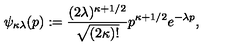
\psi _ { \kappa \lambda } ( p ) : = \frac { ( 2 \lambda ) ^ { \kappa + 1 / 2 } } { \sqrt { ( 2 \kappa ) ! } } p ^ { \kappa + 1 / 2 } e ^ { - \lambda p } ,